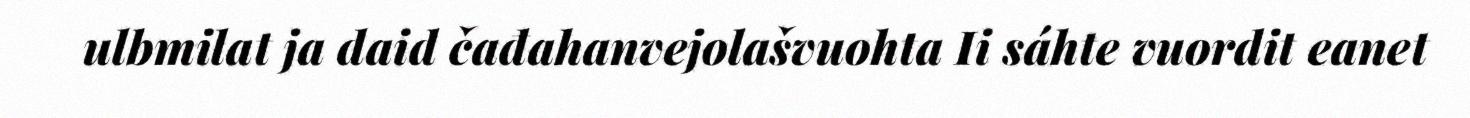
ulbmilat ja daid čađahanvejolašvuohta Ii sáhte vuordit eanet